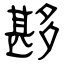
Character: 夦